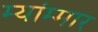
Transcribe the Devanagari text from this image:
म्यांम्मार